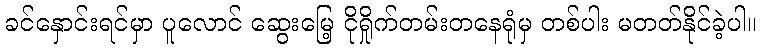
ခင်နှောင်းရင်မှာ ပူလောင် ဆွေးမြေ့ ငိုရှိုက်တမ်းတနေရုံမှ တစ်ပါး မတတ်နိုင်ခဲ့ပါ။